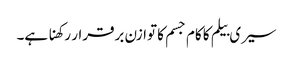
سیری بیلم کا کام جسم کا توازن برقرار رکھنا ہے۔